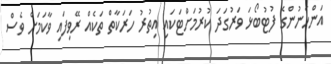
އަންހެނުންގެ ފުޓުބޯޅަ ވަރުގަދަ ކުރުމަށްޓަކައި އިތުރު ހަރަކާތް ތަކެއް ރޭވިފައި ވާކަމަށް ވެސް